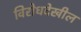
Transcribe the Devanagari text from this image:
विरोधदेखील